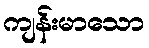
ကျန်းမာသော